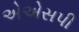
એએસપી